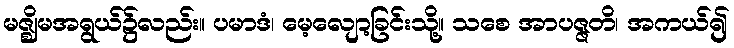
မဇ္ဈိမအရွယ်၌လည်း။ ပမာဒံ၊ မေ့လျော့ခြင်းသို့။ သစေ အာပဇ္ဇတိ၊ အကယ်၍